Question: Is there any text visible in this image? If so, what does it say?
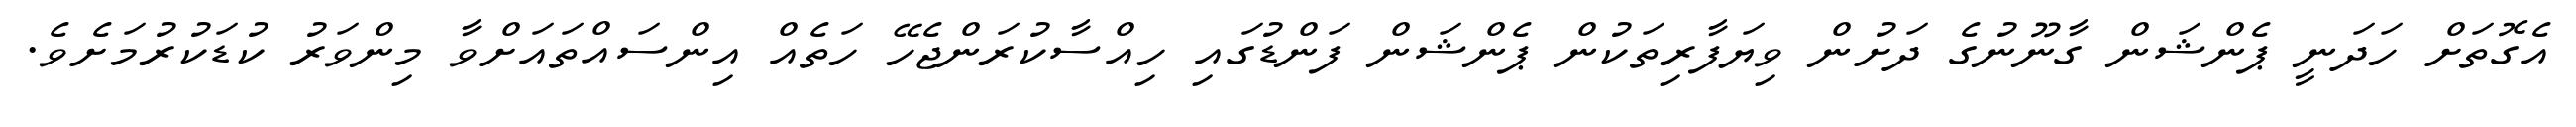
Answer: އެގޮތަށް ހަދަނީ ޕެންޝަން ގާނޫނުގެ ދަށުން ވިޔަފާރިތަކުން ޕެންޝަން ފަންޑުގައި ހިއްސާކުރަންޖެހޭ ހަތެއް އިންސައްތައަށްވާ މިންވަރު ކުޑަކުރުމަށެވެ.